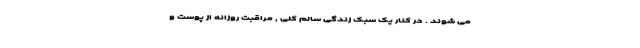
می شوند . در کنار یک سبک زندگی سالم کلی , مراقبت روزانه از پوست و